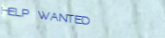
HELP WANTED